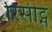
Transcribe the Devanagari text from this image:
रिसीट्स